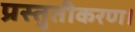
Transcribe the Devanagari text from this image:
प्रस्तुतीकरण।